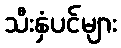
သီးနှံပင်များ